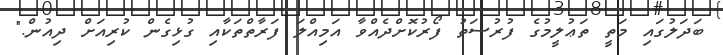
ބަދަލުގައި މަތީ ތަޢުލީމުގެ ފުރުސަތު ފޯރުކޮށްދެއްވާ އަމިއްލަ ފަރާތްތަކާއި ގުޅިގެން ކުރިއަށް ދިއުން."